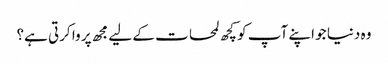
وہ دنیا جو اپنے آپ کو کچھ لمحات کے لیے مجھ پر وا کرتی ہے؟